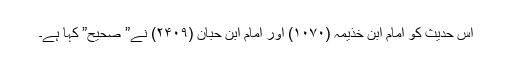
اس حدیث کو امام ابن خذیمہ (۱۰۷۰) اور امام ابن حبان (۲۴۰۹)ؒ نے” صحیح” کہا ہے۔